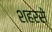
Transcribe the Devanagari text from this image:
शहरसे